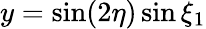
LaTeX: y=\sin(2\eta)\sin\xi_{1}